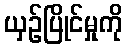
ယှဉ်ပြိုင်မှုကို